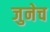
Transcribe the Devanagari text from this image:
जुनेच